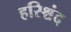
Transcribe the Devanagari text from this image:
हरिश्चंद